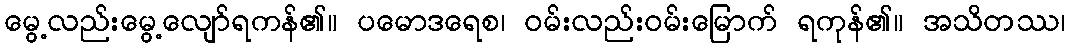
မွေ့လည်းမွေ့လျော်ရကန်၏။ ပမောဒရေစ၊ ဝမ်းလည်းဝမ်းမြောက် ရကုန်၏။ အသိတဿ၊